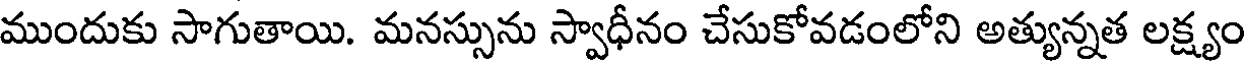
ముందుకు సాగుతాయి. మనస్సును స్వాధీనం చేసుకోవడంలోని అత్యున్నత లక్ష్యం